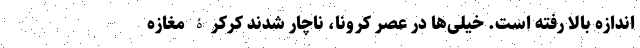
اندازه بالا رفته است. خیلی‌ها در عصر کرونا، ناچار شدند کرکرۀ مغازه